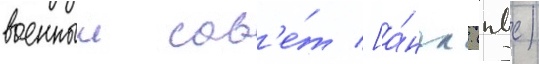
военныи сов'е́т [а́нгл. (пвс)